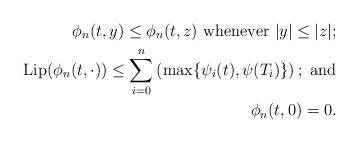
LaTeX: \begin{align*} \phi_n (t, y) \leq \phi_n (t, z) \ \textrm{whenever $ |y| \leq |z|;$}\\\mathrm{Lip}(\phi_n(t, \cdot)) \leq \sum_{i=0}^n \left(\max\{\psi_i (t), \psi (T_i)\}\right);\ \textrm{and}\\\phi_n (t, 0 ) = 0.\end{align*}